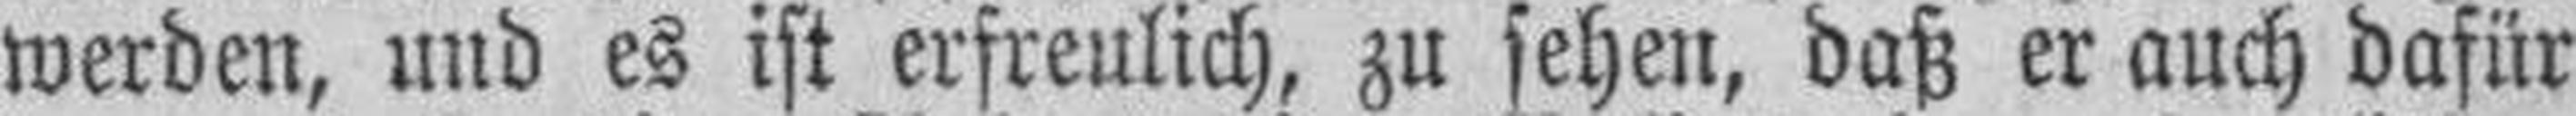
werden, und es ist erfreulich, zu sehen, daß er auch dafür